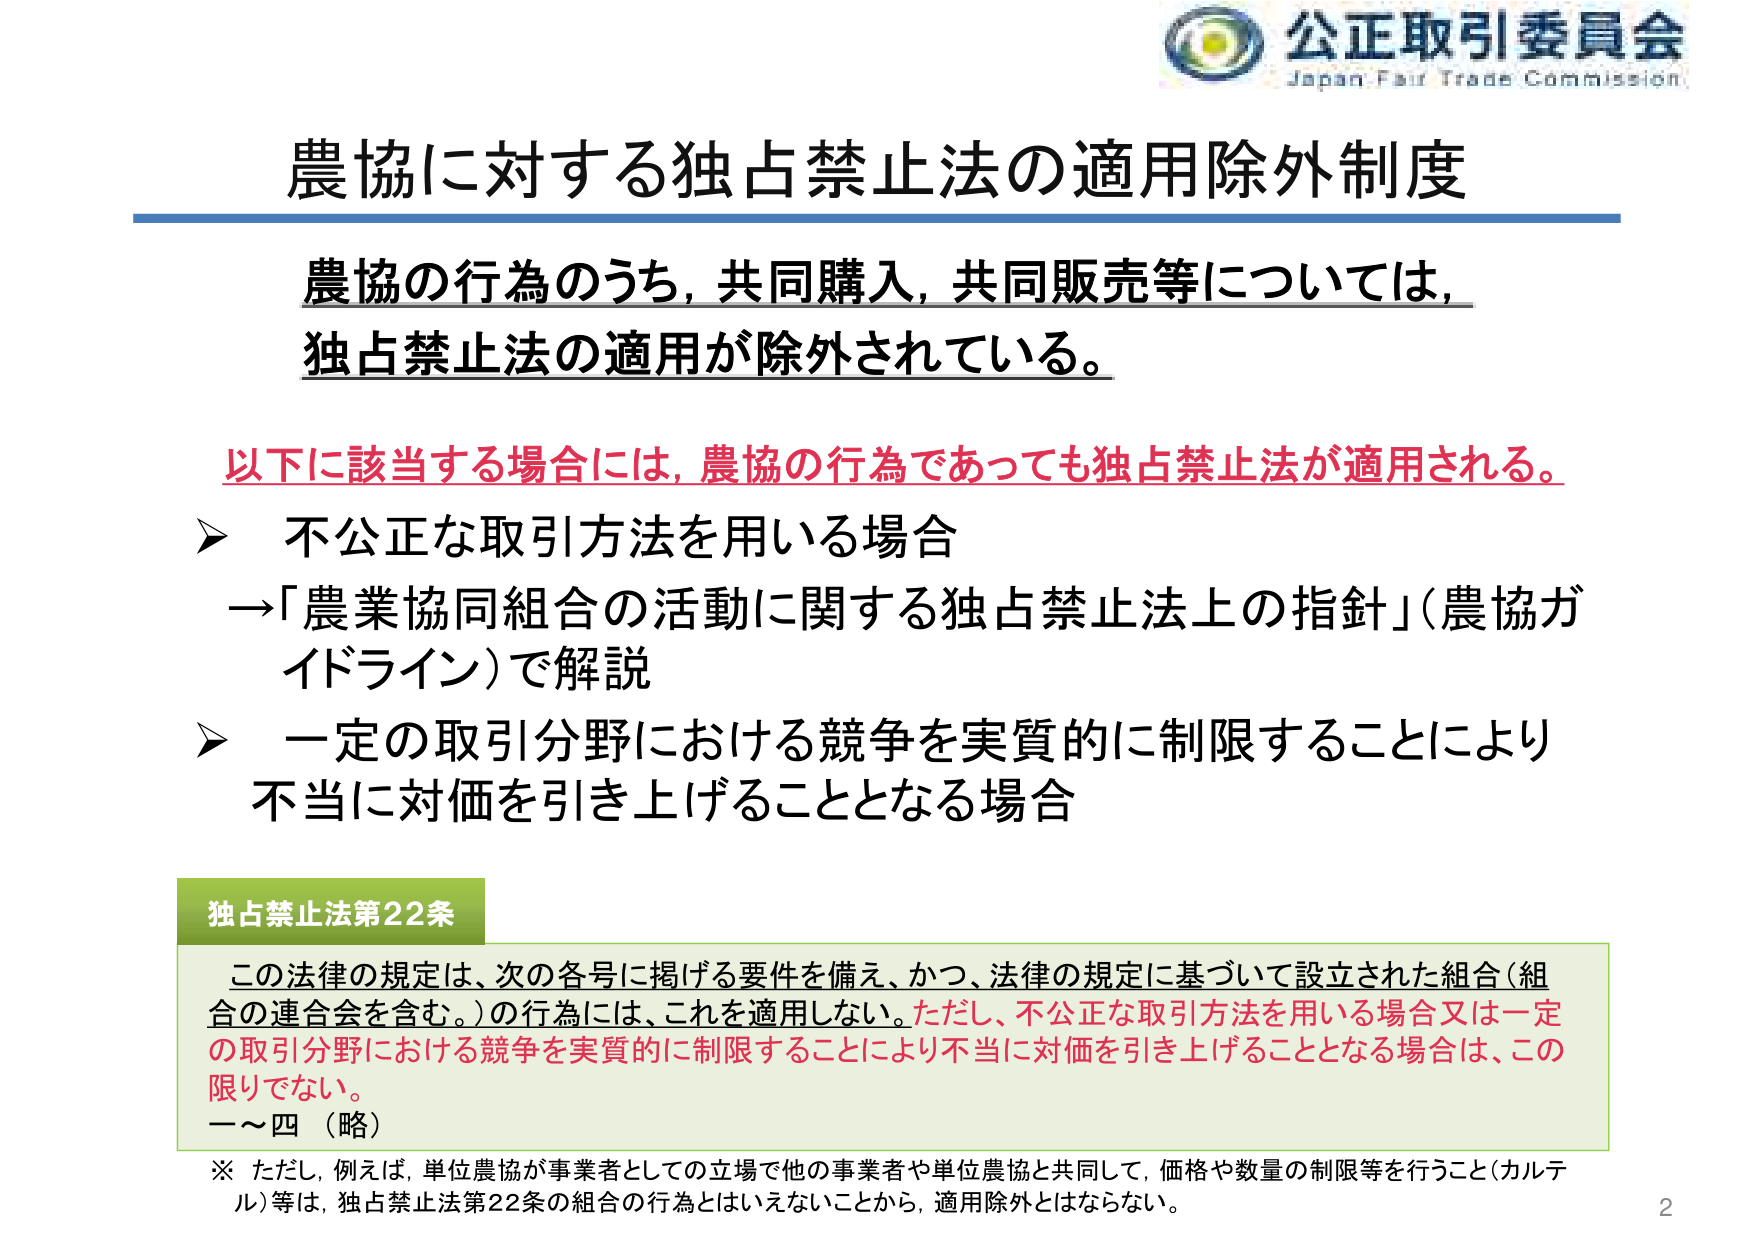
公正取引委員会
Japan Fair Trade Commission

農協に対する独占禁止法の適用除外制度

農協の行為のうち、共同購入、共同販売等については、
独占禁止法の適用が除外されている。

以下に該当する場合には、農協の行為であっても独占禁止法が適用される。
➤ 不公正な取引方法を用いる場合
→「農業協同組合の活動に関する独占禁止法上の指針」（農協ガイドライン）で解説
➤ 一定の取引分野における競争を実質的に制限することにより
不当に対価を引き上げることとなる場合

独占禁止法第22条
この法律の規定は、次の各号に掲げる要件を備え、かつ、法律の規定に基づいて設立された組合（組合の連合会を含む。）の行為には、これを適用しない。ただし、不公正な取引方法を用いる場合又は一定の取引分野における競争を実質的に制限することにより不当地に対価を引き上げることとなる場合は、この限りでない。
一～四（略）

※ ただし、例えば、単位農協が事業者としての立場で他の事業者や単位農協と共同して、価格や数量の制限等を行うこと（カルテル）等は、独占禁止法第22条の組合の行為とはいえないことから、適用除外とはならない。

2